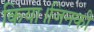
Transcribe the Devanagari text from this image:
किया।जिनकी